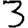
Digit: 3